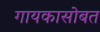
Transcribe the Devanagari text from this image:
गायकासोबत